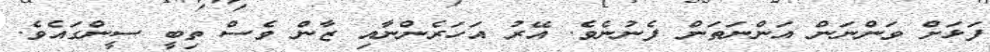
ފަޅަށް ވަންނަން އަންނަތަން ފެނުނެވެ. އޭރު އަހަރެންނާއި ޒާން ވެސް ތިބީ ސީންގައެވެ.